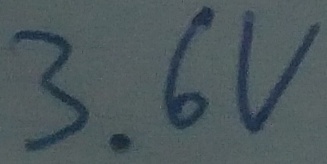
Text: 3.6V